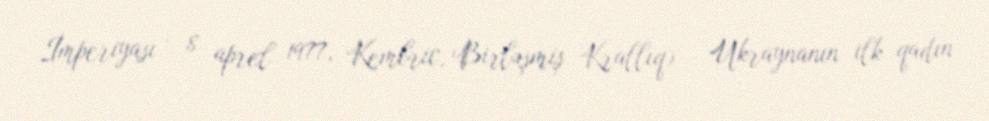
İmperiyası – 8 aprel 1977, Kembric, Birləşmiş Krallıq) – Ukraynanın ilk qadın